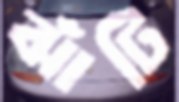
ঝাঁটি